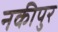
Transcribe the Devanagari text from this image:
नकीपुर